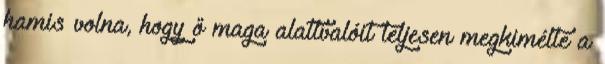
hamis volna, hogy ő maga alattvalóit teljesen megkimélte a